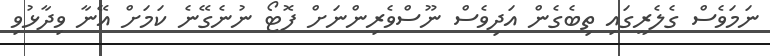
ނަމަވެސް ގެލެރީގައި ތިބެގެން އަދިވެސް ނޫސްވެރިންނަށް ފޮޓޯ ނުނެގޭނެ ކަމަށް އޭނާ ވިދާޅުވި